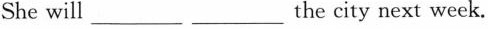
She will______the city next week.